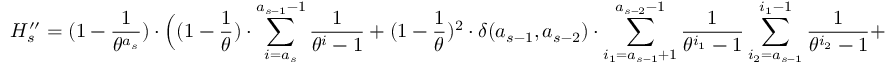
H _ { s } ^ { \prime \prime } = ( 1 - \frac { 1 } { \theta ^ { a _ { s } } } ) \cdot \Big ( ( 1 - \frac { 1 } { \theta } ) \cdot \sum _ { i = a _ { s } } ^ { a _ { s - 1 } - 1 } \frac { 1 } { \theta ^ { i } - 1 } + ( 1 - \frac { 1 } { \theta } ) ^ { 2 } \cdot \delta ( a _ { s - 1 } , a _ { s - 2 } ) \cdot \sum _ { i _ { 1 } = a _ { s - 1 } + 1 } ^ { a _ { s - 2 } - 1 } \frac { 1 } { \theta ^ { i _ { 1 } } - 1 } \sum _ { i _ { 2 } = a _ { s - 1 } } ^ { i _ { 1 } - 1 } \frac { 1 } { \theta ^ { i _ { 2 } } - 1 } +